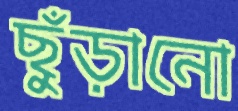
ছুঁড়ানো